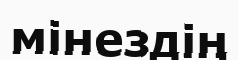
мінездің